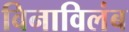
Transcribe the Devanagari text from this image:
विनाविलंब